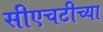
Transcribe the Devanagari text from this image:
सीएचटीच्या